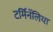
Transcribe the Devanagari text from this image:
टर्मिनॅलिया